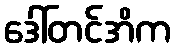
ဒေါ်တင်အိက